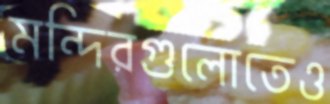
মন্দিরগুলোতেও